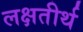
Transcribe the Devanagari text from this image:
लक्षतीर्थ